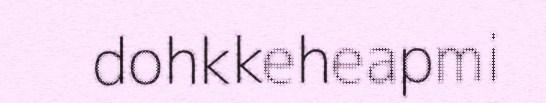
dohkkeheapmi